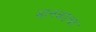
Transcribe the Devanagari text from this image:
मानकाचा